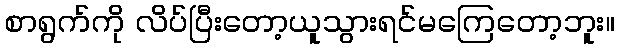
စာရွက်ကို လိပ်ပြီးတော့ယူသွားရင်မကြေတော့ဘူး။